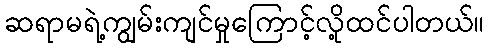
ဆရာမရဲ့ကျွမ်းကျင်မှုကြောင့်လို့ထင်ပါတယ်။